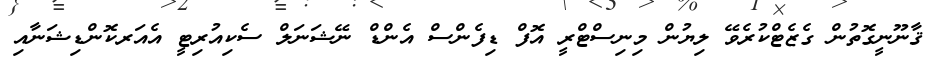
ޤާނޫނީގޮތުން ގެޒެޓްކުރެވޭ ލިޔުން މިނިސްޓްރީ އޮފް ޑިފެންސް އެންޑް ނޭޝަނަލް ސެކިއުރިޓީ އެއަރކޮންޑިޝަނާއި